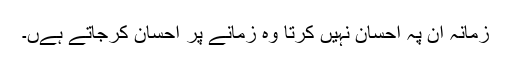
زمانہ اُن پہ احسان نہیں کرتا وہ زمانے پر احسان کرجاتے ہےں۔